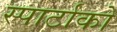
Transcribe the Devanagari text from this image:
स्पार्टाको